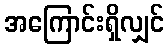
အကြောင်းရှိလျှင်